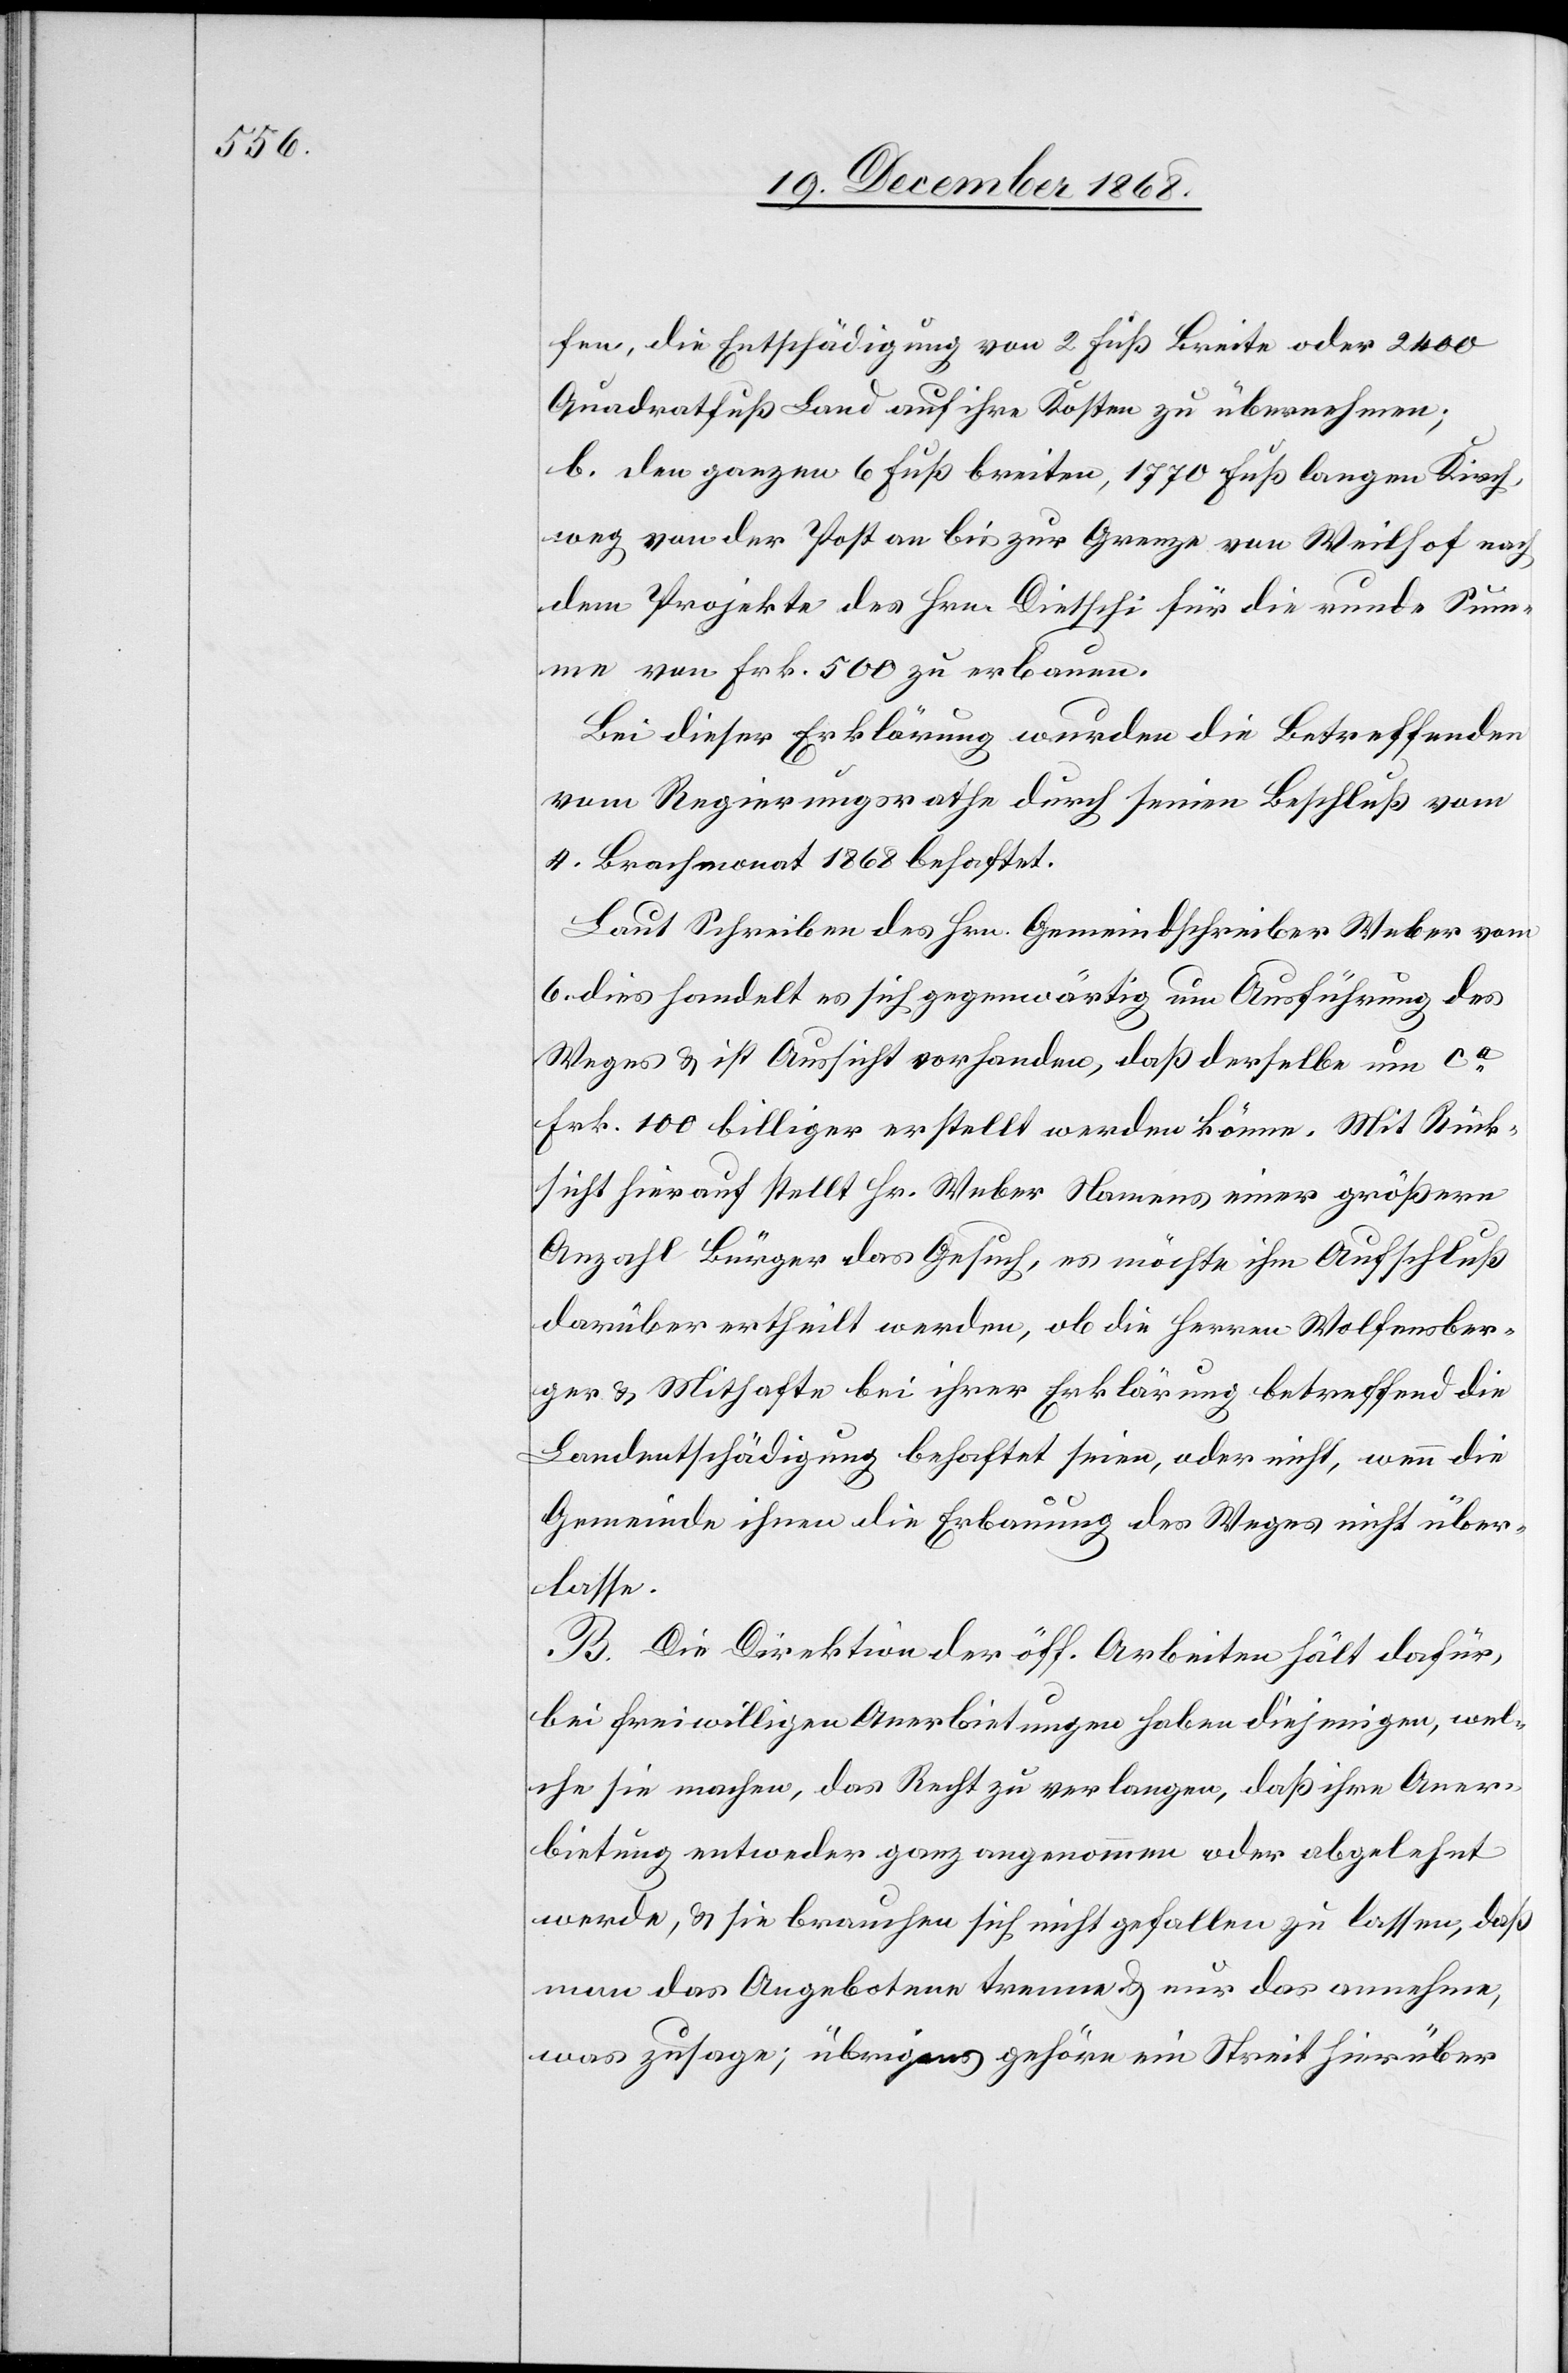
fen, die Entschädigung von 2 Fuß Breite oder 2400
Quadratfuß Land auf ihre Kosten zu übernehmen;
b. den ganzen 6 Fuß breiten, 1770 Fuß langen Kirch¬
weg von der Post an bis zur Grenze von Weilhof nach
dem Projekte des Hrn. Dietschi für die runde Sum¬
me von Frk. 500 zu erbauen.
Bei dieser Erklärung wurden die Betreffenden
vom Regierungsrathe durch seinen Beschluß vom
4. Brachmonat 1868 behaftet.
Laut Schreiben des Hrn. Gemeindschreiber Weber vom
6. dies handelt es sich gegenwärtig um Ausführung des
Weges & ist Aussicht vorhanden, daß derselbe um ca
Frk. 100 billiger erstellt werden könne. Mit Rück¬
sicht hierauf stellt Hr. Weber Namens einer größern
Anzahl Bürger das Gesuch, es möchte ihm Aufschluß
darüber ertheilt werden, ob die Herren Wolfensber¬
ger & Mithafte bei ihrer Erklärung betreffend die
Landentschädigung behaftet seien, oder nicht, wenn die
Gemeinde ihnen die Erbauung des Weges nicht über¬
lasse.
B. Die Direktion der öff. Arbeiten hält dafür,
bei freiwilligen Anerbietungen haben diejenigen, wel¬
che sie machen, das Recht zu verlangen, daß ihre Aner¬
bietung entweder ganz angenommen oder abgelehnt
werde, & sie brauchen sich nicht gefallen zu lassen, daß
man das Angebotene trenne & nur das annehme,
was zusage; übrigens gehöre ein Streit hierüber